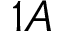
1 A